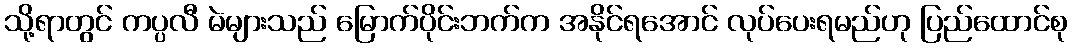
သို့ရာတွင် ကပ္ပလီ မဲများသည် မြောက်ပိုင်းဘက်က အနိုင်ရအောင် လုပ်ပေးရမည်ဟု ပြည်ထောင်စု